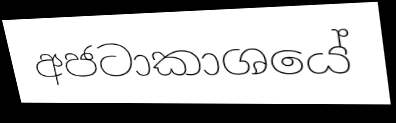
අජටාකාශයේ